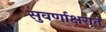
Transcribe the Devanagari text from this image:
सुवर्णाक्षरात